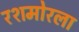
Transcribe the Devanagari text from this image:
रशमोरला